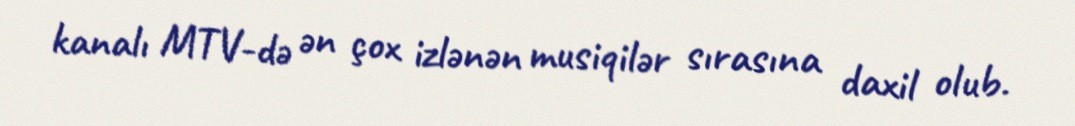
kanalı MTV-də ən çox izlənən musiqilər sırasına daxil olub.